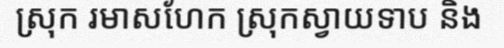
ស្រុក រមាសហែក ស្រុកស្វាយទាប និង